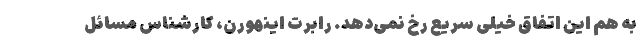
به هم این اتفاق خیلی سریع رخ نمی‌دهد. رابرت اِینهورن، کارشناس مسائل